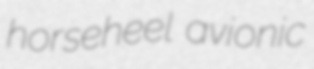
horseheel avionic